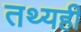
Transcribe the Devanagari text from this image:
तथ्यही